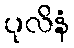
ပုလိနံ